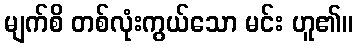
မျက်စိ တစ်လုံးကွယ်သော မင်း ဟူ၏။